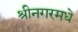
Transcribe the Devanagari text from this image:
श्रीनगरमधे